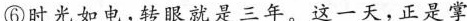
⑥时光如电，转眼就是三年。这一天，正是掌